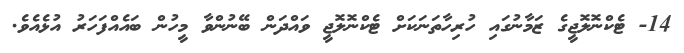
14- ޓެކްނޮލޮޖީގެ ޒަމާނުގައި ހުރިހާތަނަކަށް ޓެކްނޮލޮޖީ ވައްދަން ބޭނުންވާ މީހުން ބައެއްފަހަރު އުޅެއެވެ.